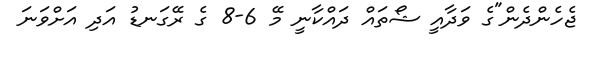
ޖެހެންދެން"ގެ ވަދާއީ ޝޯތައް ދައްކާނީ މޭ 6-8 ގެ ރޭގަނޑު އަދި އަށްވަނަ